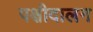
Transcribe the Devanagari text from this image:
पक्षीदालन